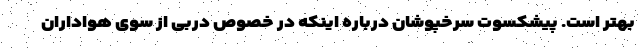
بهتر است. پیشکسوت سرخپوشان درباره اینکه در خصوص دربی از سوی هواداران